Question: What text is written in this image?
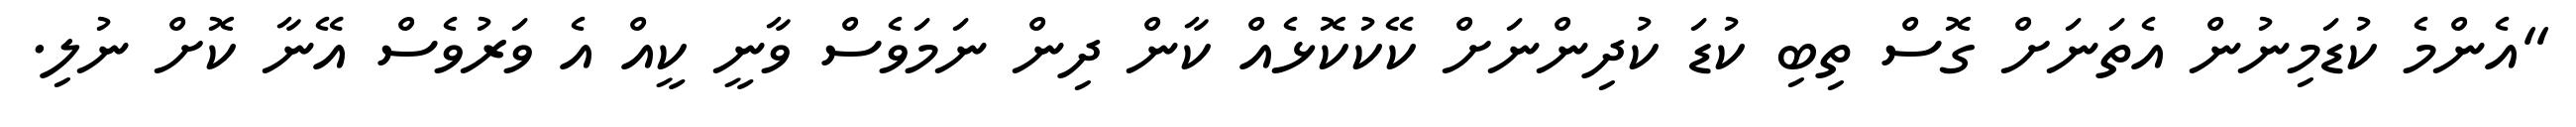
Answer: "އެންމެ ކުޑަމިނުން އެތަނަށް ގޮސް ތިބި ކުޑަ ކުދިންނަށް ކޭކުކޮޅެއް ކާން ދިން ނަމަވެސް ވާނީ ކީއް އެ ވަރުވެސް އޭނާ ކޮށް ނުލި.